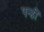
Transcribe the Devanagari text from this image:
पन्हीं